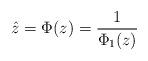
LaTeX: \begin{align*}\hat z=\Phi(z)=\frac{1}{\Phi_1(z)}\end{align*}